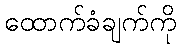
ထောက်ခံချက်ကို